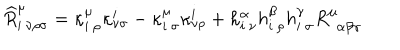
\widehat { R } _ { i \: \nu \rho \sigma } ^ { \mu } = \kappa _ { i \: \rho } ^ { \mu } \kappa _ { \nu \sigma } ^ { i } - \kappa _ { i \: \sigma } ^ { \mu } \kappa _ { \nu \rho } ^ { i } + h _ { i \: \nu } ^ { \alpha } h _ { i \: \rho } ^ { \beta } h _ { i \: \sigma } ^ { \gamma } R _ { \: \: \alpha \beta \gamma } ^ { \mu }